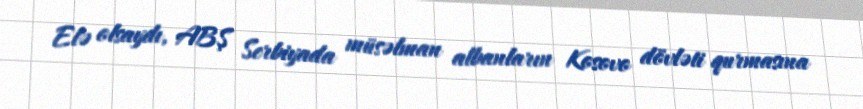
Elə olsaydı, ABŞ Serbiyada müsəlman albanların Kosovo dövləti qurmasına